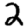
Digit: 2